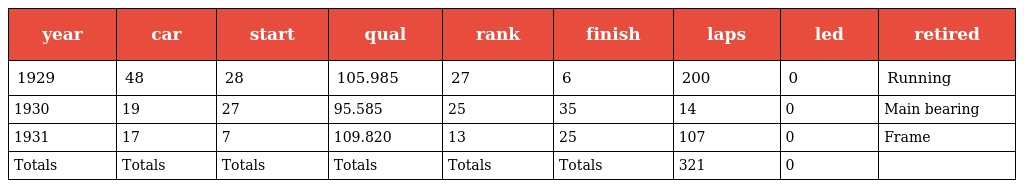
| year | car | start | qual | rank | finish | laps | led | retired |
 | --- | --- | --- | --- | --- | --- | --- | --- | --- |
 | 1929 | 48 | 28 | 105.985 | 27 | 6 | 200 | 0 | Running |
 | 1930 | 19 | 27 | 95.585 | 25 | 35 | 14 | 0 | Main bearing |
 | 1931 | 17 | 7 | 109.820 | 13 | 25 | 107 | 0 | Frame |
 | Totals | Totals | Totals | Totals | Totals | Totals | 321 | 0 |  |